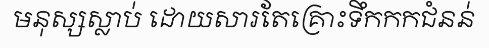
មនុស្សស្លាប់ ដោយសារតែគ្រោះទឹកកកជំនន់